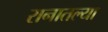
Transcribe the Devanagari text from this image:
रानातल्या